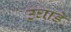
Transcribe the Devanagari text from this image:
उघाडे